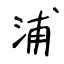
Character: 浦